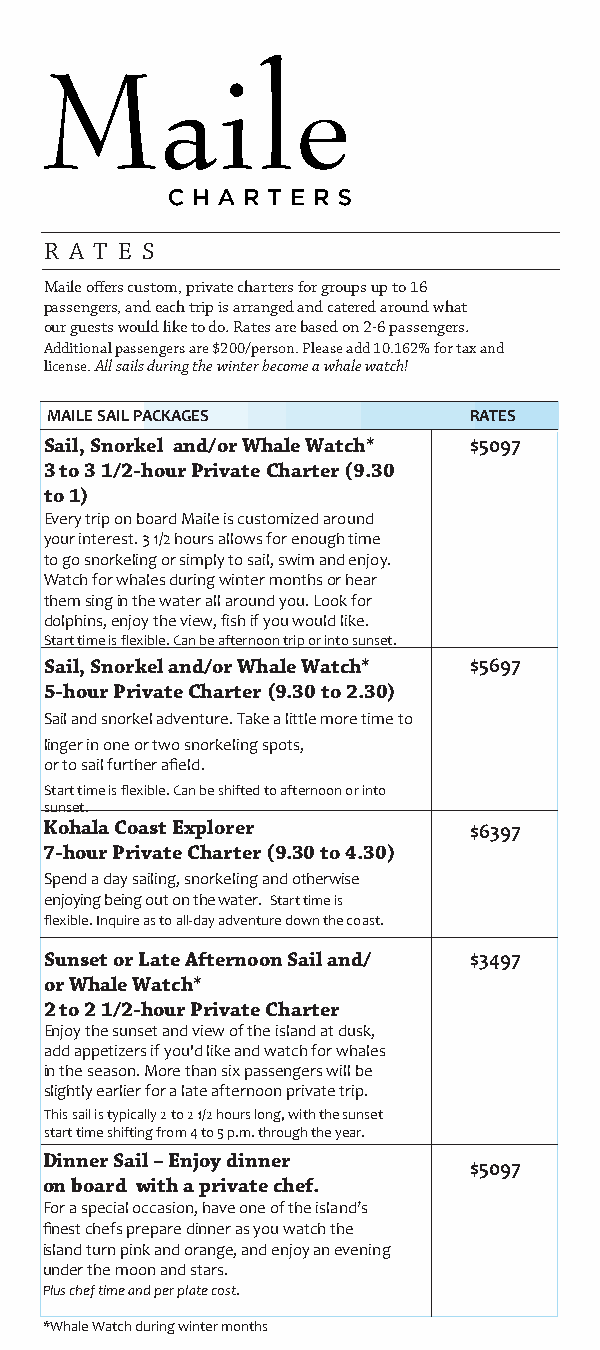
R A T E S
 Maile offers custom, private charters for groups up to 16
 passengers, and each trip is arranged and catered around what
 our guests would like to do. Rates are based on 2-6 passengers.
 Additional passengers are $200/person. Please add 10.162% for tax and
 license. All sails during the winter become a whale watch!
 MAILE SAIL PACKAGES         RATES
 Sail, Snorkel and/or Whale Watch* $5097
 3 to 3 1/2-hour Private Charter (9.30
 to 1)
 Every trip on board Maile is customized around
 your interest. 3 1/2 hours allows for enough time
 to go snorkeling or simply to sail, swim and enjoy.
 Watch for whales during winter months or hear
 them sing in the water all around you. Look for
 dolphins, enjoy the view, fish if you would like.
 Start time is flexible. Can be afternoon trip or into sunset.
 Sail, Snorkel and/or Whale Watch* $5697
 5-hour Private Charter (9.30 to 2.30)
 Sail and snorkel adventure. Take a little more time to
 linger in one or two snorkeling spots,
 or to sail further afield.
 Start time is flexible. Can be shifted to afternoon or into
 sunset.
 Kohala Coast Explorer       $6397
 7-hour Private Charter (9.30 to 4.30)
 Spend a day sailing, snorkeling and otherwise
 enjoying being out on the water. Start time is
 flexible. Inquire as to all-day adventure down the coast.
 Sunset or Late Afternoon Sail and/ $3497
 or Whale Watch*
 2 to 2 1/2-hour Private Charter
 Enjoy the sunset and view of the island at dusk,
 add appetizers if you'd like and watch for whales
 in the season. More than six passengers will be
 slightly earlier for a late afternoon private trip.
 This sail is typically 2 to 2 1/2 hours long, with the sunset
 start time shifting from 4 to 5 p.m. through the year.
 Dinner Sail – Enjoy dinner
 $5097
 on board with a private chef.
 For a special occasion, have one of the island’s
 finest chefs prepare dinner as you watch the
 island turn pink and orange, and enjoy an evening
 under the moon and stars.
 Plus chef time and per plate cost.
 *Whale Watch during winter months